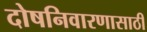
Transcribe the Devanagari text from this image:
दोषनिवारणासाठी